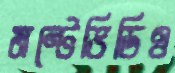
মন্টেভিডিও